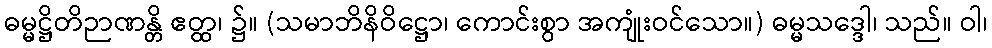
ဓမ္မဋ္ဌိတိဉာဏန္တိ ဧတ္ထ၊ ၌။ (သမာဘိနိဝိဋ္ဌော၊ ကောင်းစွာ အကျုံးဝင်သော။) ဓမ္မသဒ္ဒေါ၊ သည်။ ဝါ၊